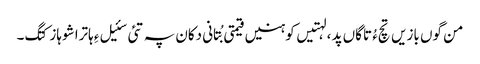
من گوں بازیں تچءُ تاگاں پد ، لہتیں کوہنیں قیمتی بُتانی دکان پہ تئی سئیل ءِ ہاترا شوہاز کتگ۔